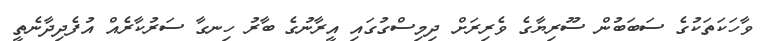
ވާހަކަތަކުގެ ސަބަބުން ސޫރިޔާގެ ވެރިރަށް ދިމިސްގުގައި އީރާނުގެ ބާރު ހިނގާ ސަރުކާރެއް އުފެދިދާނެތީ